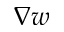
\nabla w